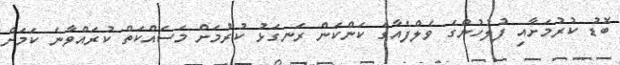
ބޮޑު ކުރުމަށާއި ފުލުހުންގެ ވެލްފެއާގެ ކަންކަން ރަނގަޅު ކުރުމަށް މަސައްކަތް ކުރައްވާނެ ކަމަށް